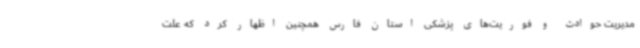
مدیریت حوادث و فوریت‌های پزشکی استان فارس همچنین اظهار کرد که علت